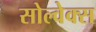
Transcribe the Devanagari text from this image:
सोल्वेक्स